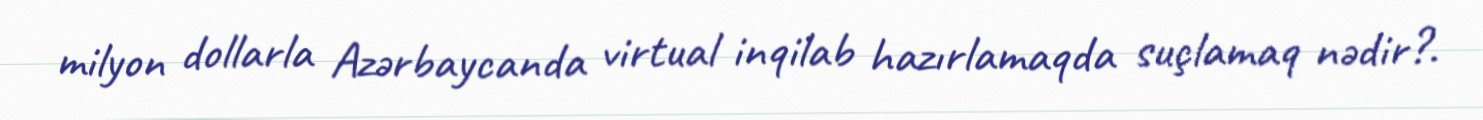
milyon dollarla Azərbaycanda virtual inqilab hazırlamaqda suçlamaq nədir?.